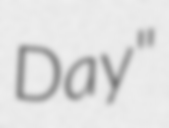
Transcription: Day"